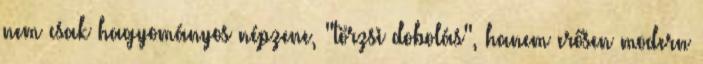
nem csak hagyományos népzene, "törzsi dobolás", hanem erősen modern